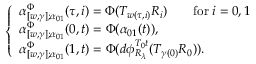
\left\{ \begin{array} { l l } { \alpha _ { [ w , \gamma ] ; \alpha _ { 0 1 } } ^ { \Phi } ( \tau , i ) = \Phi ( T _ { w ( \tau , i ) } R _ { i } ) \qquad \mathrm { f o r } \; i = 0 , 1 } \\ { \alpha _ { [ w , \gamma ] ; \alpha _ { 0 1 } } ^ { \Phi } ( 0 , t ) = \Phi ( \alpha _ { 0 1 } ( t ) ) , } \\ { \alpha _ { [ w , \gamma ] ; \alpha _ { 0 1 } } ^ { \Phi } ( 1 , t ) = \Phi ( d \phi _ { R _ { \lambda } } ^ { T _ { 0 } t } ( T _ { \gamma ( 0 ) } R _ { 0 } ) ) . } \end{array} \right.